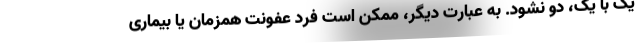
یک با یک، دو نشود. به عبارت دیگر، ممکن است فرد عفونت همزمان یا بیماری